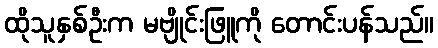
ထိုသူနှစ်ဦးက မဗျိုင်းဖြူကို တောင်းပန်သည်။